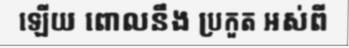
ឡើយ ពោលនឹង ប្រកួត អស់ពី